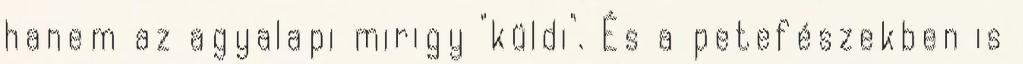
hanem az agyalapi mirigy "küldi". És a petefészekben is